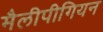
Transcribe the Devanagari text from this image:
मैलीपीगियन